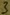
Text: 3